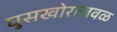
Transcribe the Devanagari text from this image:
घुसखोरांजवळ